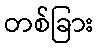
တစ်ခြား